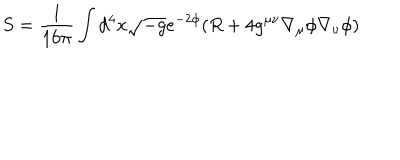
LaTeX: S = { \frac { 1 } { 1 6 \pi } } \int d ^ { 4 } x \sqrt { - g } e ^ { - 2 \phi } ( R + 4 g ^ { \mu \nu } \nabla _ { \mu } \phi \nabla _ { \nu } \phi )